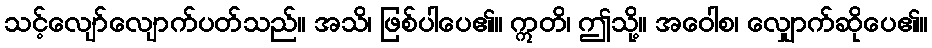
သင့်လျော်လျောက်ပတ်သည်။ အသိ၊ ဖြစ်ပါပေ၏။ ဣတိ၊ ဤသို့။ အဝေါစ၊ လျှောက်ဆိုပေ၏။